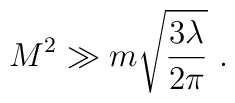
M^2\gg m\sqrt{3\lambda  \over 2\pi} \ .